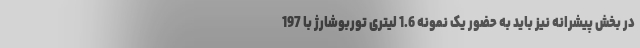
در بخش پیشرانه نیز باید به حضور یک نمونه 1.6 لیتری توربوشارژ با 197